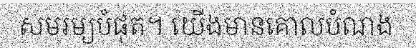
សមរម្យបំផុត។ យើងមានគោលបំណង